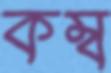
কম্ব